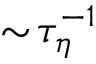
\sim \! \tau _ { \eta } ^ { - 1 }